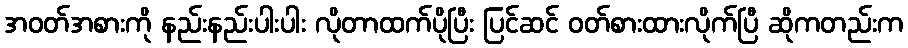
အဝတ်အစားကို နည်းနည်းပါးပါး လိုတာထက်ပိုပြီး ပြင်ဆင် ဝတ်စားထားလိုက်ပြီ ဆိုကတည်းက